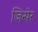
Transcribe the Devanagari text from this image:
जिन्पेर